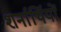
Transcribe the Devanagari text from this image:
शर्नार्थियों